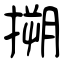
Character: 搠